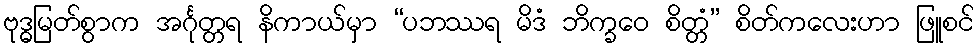
ဗုဒ္ဓမြတ်စွာက အင်္ဂုတ္တရ နိကာယ်မှာ “ပဘဿရ မိဒံ ဘိက္ခဝေ စိတ္တံ” စိတ်ကလေးဟာ ဖြူစင်